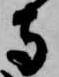
寺